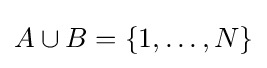
A\cup B=\{1,\dots ,N\}